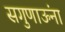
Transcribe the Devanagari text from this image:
सगुणाऊंना